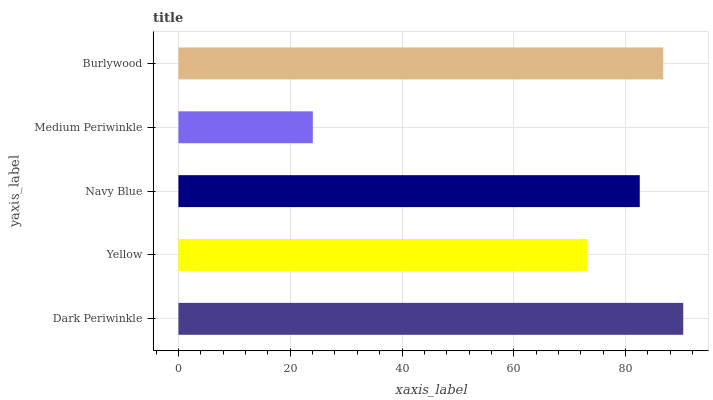
| yaxis_label | bars |
 | --- | --- |
 | Dark Periwinkle | 90.3 |
 | Yellow | 73.2 |
 | Navy Blue | 82.5 |
 | Medium Periwinkle | 24 |
 | Burlywood | 86.7 |